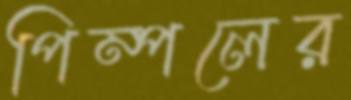
পিম্পলের